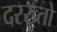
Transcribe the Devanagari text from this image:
दरख़्तो